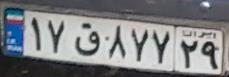
۱۷ق۸۷۷۲۹